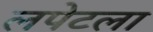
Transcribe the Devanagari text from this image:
लपेटला